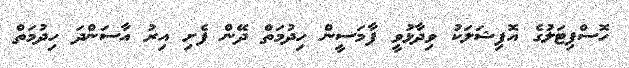
ހޮސްޕިޓަލުގެ އޮފިޝަލަކު ވިދާޅުވީ ފާމަސީން ހިދުމަތް ދޭން ފެށި އިރު އާސަންދަ ހިދުމަތް